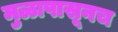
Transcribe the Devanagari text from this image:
मुळापासूनच